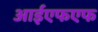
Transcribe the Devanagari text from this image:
आईएफएफ